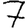
Digit: 7